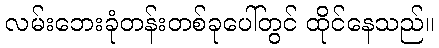
လမ်းဘေးခုံတန်းတစ်ခုပေါ်တွင် ထိုင်နေသည်။